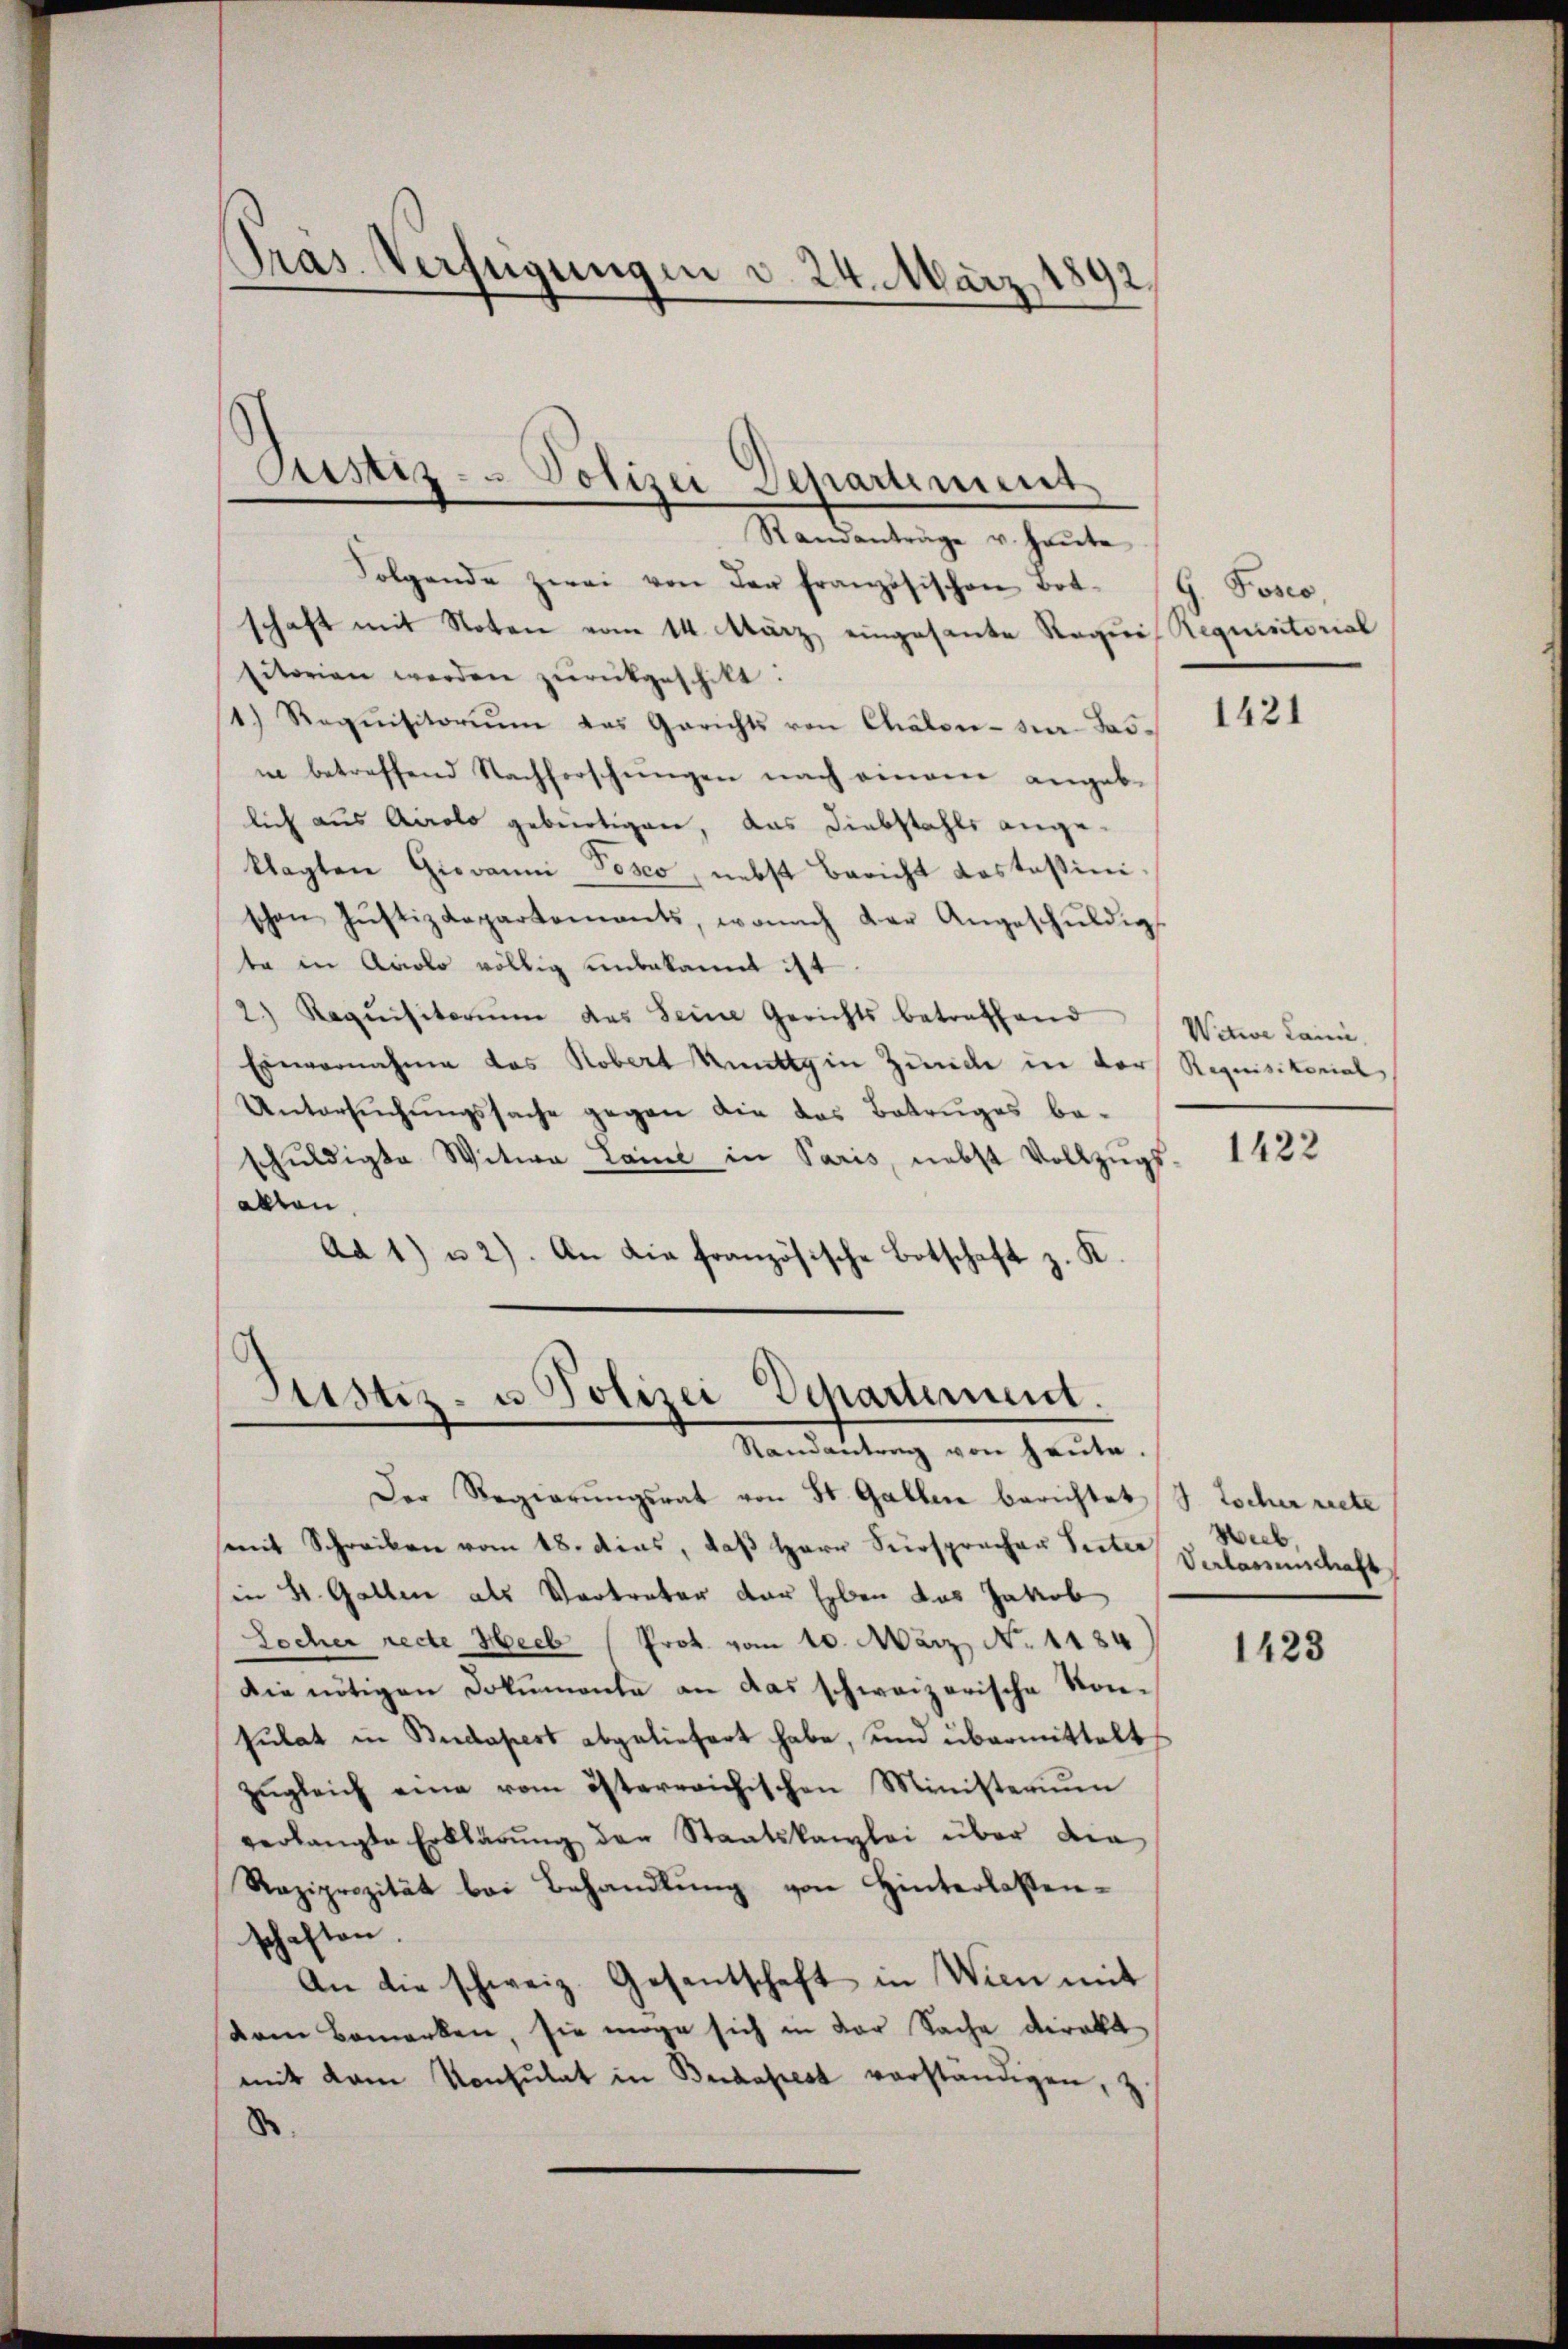
Pras Verfügungen d. 24. März
2

Randanträge v. Heute
Folgende zwei von der französischen Botschaft mit Noten vom 14. März, eingesante Requis Requistorial
titorien werden zŭrückgeschikt.
1.) Requisitoriŭm das Gerichts von Chalen - sa dasi betreffend Nachforschungen nach einem angeblich aus Airolo gebürtigen, das Diebstahls angeklagten Giovanni Posco, nebst Bericht Kastasinischen Jŭstizdepartements, wonach der Angeschŭldig
ta in Accolo völlig unbekannt ist.
2) Requisitoriŭm des Seine Gerichts betreffend
Einvernahme das Robert Rutty in Zünde in der Requisitorial
Untersŭchŭngssache gegen die das Betruges be-
schuldigte Witwe Land in Paris, nebst Vollzugs
allen.
Ad 1) u 2). An die französische Botschaft z. K.

Justiz- & Polizei Departiment

Justiz- u Polizei Departement.

Randantrag von heute,
Der Regierŭngsrat von St. Gallen berichtet (S. tocher riete
mmit Schreiben vom 18. dies, daβ Herr Fürspracher Seiter Verlassenschaft
(in St. Gallen als Vertreter der Erben das Jakob
Locher recte Heeb (Prot. vom 10. März No. 1184
Die nötigen Dokumente an das schweizerische Konsulat in Budapest abgeliefert habe, und übermittelt
zŭgleich eine vom östereichischen Ministerium
verlangte Erklärung der Staatskanzlei über die
Raziprozität bei Behandlung von Hinterlassenschaften.
An die schweiz. Gesentschaft in Wien mit
dem Bemerken, sie möge sich in der Sache direkt
mit dem Konsultat in Budapest verständigen, z.
d

G. Posco,

1421

Witwe Launii,

1422

Wieb,

1423